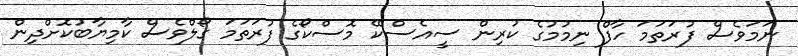
ނަމަވެސް ފުރަތަމަ ހާފް ނިމުމުގެ ކުރިން ސީއެސްކޭ މޮސްކޯގެ ފުރަތަމަ ގޯލްވެސް ކާމިޔާބުކޮށްދިން